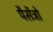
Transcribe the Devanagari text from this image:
पैसेंत्रो